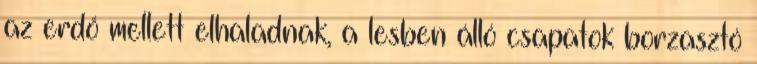
az erdő mellett elhaladnak, a lesben álló csapatok borzasztó